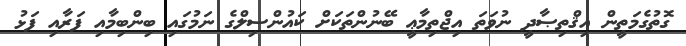
ގޮތުގެމަތީން އިޤްތިޞާދީ ނުވަތަ އިޖްތިމާޢީ ބޭނުންތަކަށް ކައުންސިލްގެ ނަމުގައި ބިންބިމާއި ފަރާއި ފަޅު